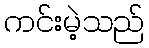
ကင်းမဲ့သည်